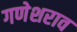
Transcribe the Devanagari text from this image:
गणेशराव